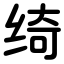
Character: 绮